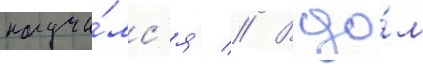
научи́лс'я // В до́м